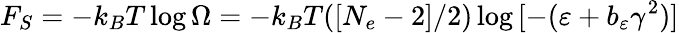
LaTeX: F_{S}=-k_{B}T\log{\Omega}=-k_{B}T([N_{e}-2]/2)\log{[-(\varepsilon+b_{\varepsilon}\gamma^{2})]}